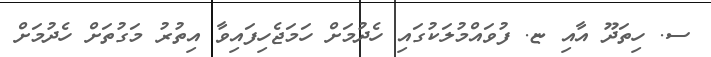
ސ. ހިތަދޫ އާއި ޏ. ފުވައްމުލަކުގައި ހެދުމަށް ހަމަޖެހިފައިވާ އިތުރު މަގުތަށް ހެދުމަށް